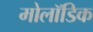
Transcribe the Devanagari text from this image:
मोलॉडिक